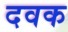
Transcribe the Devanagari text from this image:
दवक